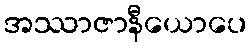
အဿာဇာနီယောပေ